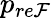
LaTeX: p_{re\mathcal{F}}